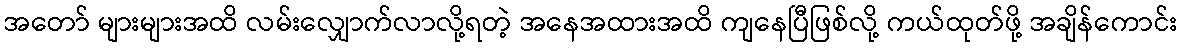
အတော် များများအထိ လမ်းလျှောက်လာလို့ရတဲ့ အနေအထားအထိ ကျနေပြီဖြစ်လို့ ကယ်ထုတ်ဖို့ အချိန်ကောင်း